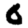
Digit: 0